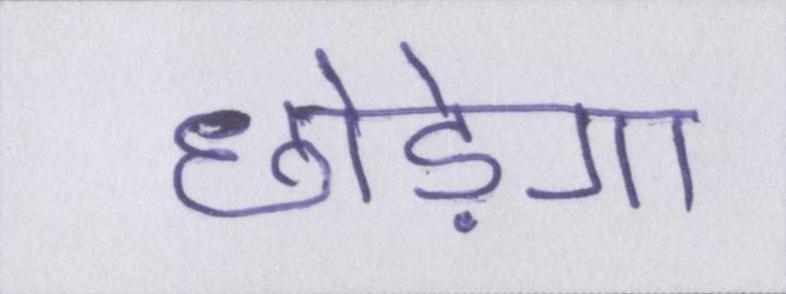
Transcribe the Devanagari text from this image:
छोड़ेगा